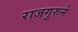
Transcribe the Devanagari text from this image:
राजगुरुने